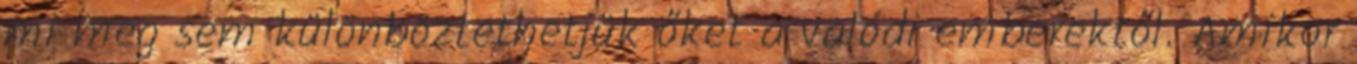
mi meg sem különböztethetjük őket a valódi emberektől. Amikor